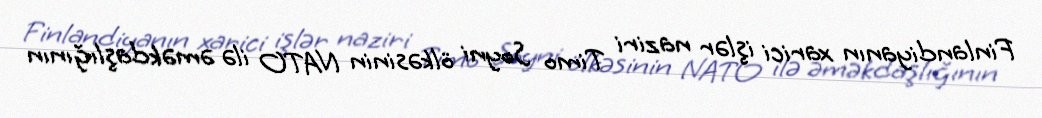
Finlandiyanın xarici işlər naziri Timo Soyni ölkəsinin NATO ilə əməkdaşlığının